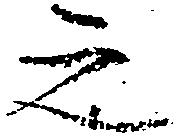
之